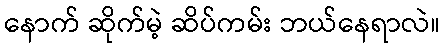
နောက် ဆိုက်မဲ့ ဆိပ်ကမ်း ဘယ်နေရာလဲ။